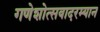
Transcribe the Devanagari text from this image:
गणेशोत्सवादरम्यान